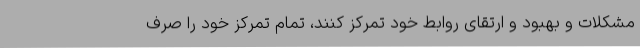
مشکلات و بهبود و ارتقای روابط خود تمرکز کنند، تمام تمرکز خود را صرف